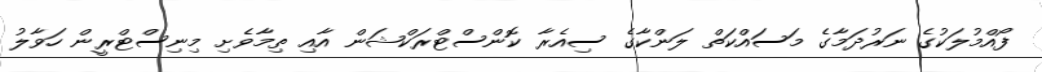
ފޯއްމުލަކުގެ ނަރުދަމާގެ މަސައްކަތް ލަންކާގެ ސިއެރާ ކޮންސްޓްރަކްޝަން އާއި ތިމާވެށި މިނިސްޓްރީން ހަވާލު